Vaccination in the Punjab 1897-1904 - 1897-1904
Year: 1897
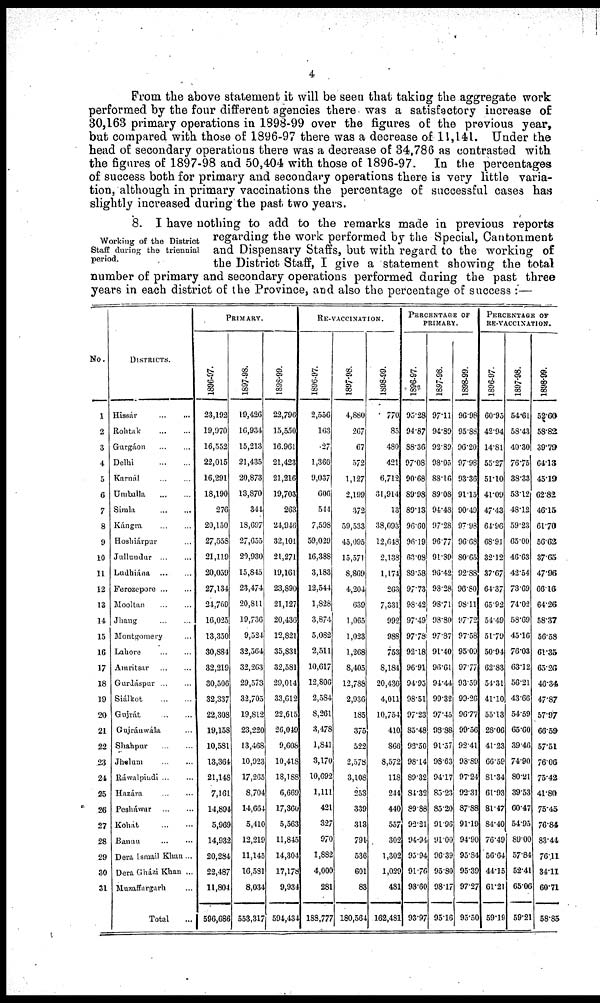
4
From the above statement it will be seen that taking the aggregate work
performed by the four different agencies there was a satisfactory increase of
30,163 primary operations in 1898-99 over the figures of the previous year,
but compared with those of 1896-97 there was a decrease of 11,141. Under the
head of secondary operations there was a decrease of 34,786 as contrasted with
the figures of 1897-98 and 50,404 with those of 1896-97. In the percentages
of success both for primary and secondary operations there is very little varia-
tion, although in primary vaccinations the percentage of successful cases has
slightly increased during the past two years.
Working of the District
Staff during the triennial
period.
8. I have nothing to add to the remarks made in previous reports
regarding the work performed by the Special, Cantonment
and Dispensary Staffs, but with regard to the working of
the District Staff, I give a statement showing the total
number of primary and secondary operations performed during the past three
years in each district of the Province, and also the percentage of success :—
No.
1
2
3
4
5
6
7
8
9
10
11
12
13
14
15
16
17
18
19
20
21
22
23
24
25
26
27
28
29
30
31
DISTRICTS.
Hissár
...
...
Rohtak
...
...
Gurgáon ... ...
Delhi
...
...
Karnál ... ...
Umballa
...
...
Simla
...
...
Kángra
...
...
Hoshiárpur ... ...
Jullundur ... ...
Ludhiána
...
...
Ferozepore ... ...
Mooltan
...
...
Jhang
...
...
Montgomery ... ...
Lahore ... ...
Amritsar ... ...
Gurdáspur ... ...
Siálkot
...
...
Gujrát
...
...
Gujránwála ... ...
Shahpur ... ...
Jhelum ... ...
Ráwalpindi ... ...
Hazára ... ...
Pesháwar
...
...
Kohát
...
...
Bannu ... ...
Dera Ismail Khan ...
Dera Gházi Khan ...
Muzaffargarh ... ...
Total ...
PRIMARY.
1896-97.
23,192
19,970
16,552
22,015
16,291
18,190
276
20,150
27,558
21,119
20,059
27,134
24,769
16,025
13,350
30,884
32,219
30,506
32,337
22,308
19,158
10,581
13,364
21,148
7,161
14,894
5,969
14,932
20,284
22,487
11,804
596,686
1897-98.
19,426
16,934
15,213
21,435
20,873
13,870
344
18,697
27,655
20,930
15,845
23,474
20,811
19,736
9,524
32,564
32,263
29,573
32,705
19,812
23,220
13,468
10,923
17,265
8,704
14,664
5,410
12,219
11,145
16,581
8,034
553,317
1898-99.
22,796
15,550
16,961
21,423
21,216
19,703
263
24,946
32,101
21,271
19,161
23,890
21,127
20,436
12,821
35,831
32,581
29,014
33,612
22,615
26,049
9,608
10,418
18,188
6,669
17,360
5,563
11,845
14,304
17,178
9,934
594,434
RE-VACCINATION.
1896-97.
2,556
163
27
1,366
9,037
606
544
7,598
59,029
16,388
3,183
12,544
1,828
3,874
5,082
2,511
10,617
12,806
2,584
8,261
3,478
1,841
3,170
10,692
1,111
421
327
970
1,882
4,000
281
188,777
1897-98.
4,880
267
67
572
1,127
2,199
372
59,533
45,095
15,571
8,869
4,204
639
1,065
1,023
1,268
8,405
12,788
2,936
185
375
522
2,578
3,108
253
339
313
791
536
601
83
180,564
1898-99.
770
85
480
421
6,712
31,914
13
38,093
12,648
2,138
1,174
263
7,331
992
988
753
8,184
20,436
4,011
10,754
410
866
8,572
118
244
440
557
302
1,302
1,029
481
162,481
PERCENTAGE OF
PRIMARY.
1896-97.
95.28
94.87
88.36
97.08
90.68
89.98
89.13
96.60
96.19
63.08
89.58
97.73
98.42
97.49
97.78
92.18
96.91
94.95
98.51
97.23
85.48
92.50
98.14
89.32
84.32
89.88
92.21
94.94
95.94
91.76
98.60
93.97
1897-98.
97.11
94.89
92.89
98.05
88.16
89.08
94.48
97.28
96.77
91.89
96.42
98.28
98.71
98.80
97.87
94.40
96.61
94.44
99.32
97.45
98.88
91.57
98.63
94.17
85.23
85.20
91.96
91.00
96.39
95.80
98.17
95.16
1898-99.
96.98
95.88
96.20
97.98
93.36
91.15
90.49
97.98
96.68
80.65
92.88
96.80
98.11
97.72
97.58
95.09
97.77
93.59
99.26
96.77
99.56
92.41
93.89
97.24
92.31
87.88
91.19
94.90
95.84
95.39
97.27
95.50
PERCENTAGE OF
RE-VACCINATION.
1896-97.
60.95
42.94
14.81
55.27
51.10
41.09
47.43
64.96
68.91
32.12
37.67
64.37
65.92
54.49
51.79
50.94
62.83
54.31
41.10
55.13
28.06
41.23
66.59
81.34
61.93
81.47
84.40
76.49
56.64
44.15
61.21
59.19
1897-98.
54.61
58.43
40.30
76.75
38.33
53.12
48.12
59.23
65.00
46.63
42.54
73.69
74.02
58.69
45.16
76.03
63.12
56.21
43.66
54.59
65.60
39.46
74.90
80.21
39.53
60.47
54.95
89.00
57.84
52.41
65.06
59.21
1898-99.
52.60
58.82
39.79
64.13
45.19
62.82
46.15
61.70
56.62
37.65
47.96
66.16
64.26
58.37
56.58
61.35
65.26
46.34
47.87
57.97
66.59
57.51
76.06
75.42
41.80
75.45
76.84
83.44.
76.11
34.11
60.71
58.85